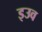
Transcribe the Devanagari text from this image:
इउव